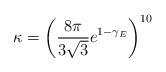
LaTeX: \begin{align*}\kappa=\left(\frac{8\pi}{3\sqrt{3}}e^{1-\gamma_E}\right)^{10}\end{align*}